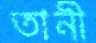
তানী